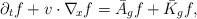
LaTeX: \begin{align*}\partial_t f + v\cdot\nabla_{\!x}f = \bar{A}_g f + \bar{K}_g f,\end{align*}